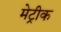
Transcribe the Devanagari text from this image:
मेट्रीक